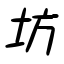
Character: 坊